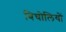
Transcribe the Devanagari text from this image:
बिचोलियों